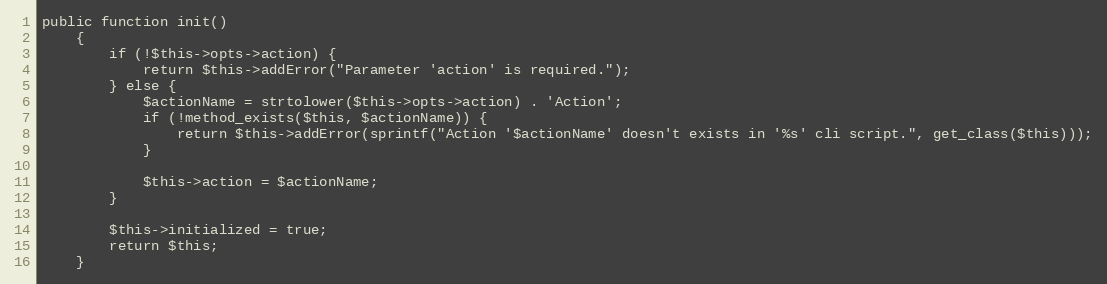
Language: PHP
public function init()
    {
        if (!$this->opts->action) {
            return $this->addError("Parameter 'action' is required.");
        } else {
            $actionName = strtolower($this->opts->action) . 'Action';
            if (!method_exists($this, $actionName)) {
                return $this->addError(sprintf("Action '$actionName' doesn't exists in '%s' cli script.", get_class($this)));
            }

            $this->action = $actionName;
        }

        $this->initialized = true;
        return $this;
    }